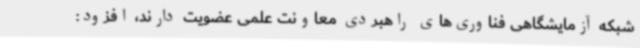
شبکه آزمایشگاهی فناوری‌های راهبردی معاونت علمی عضویت دارند، افزود: